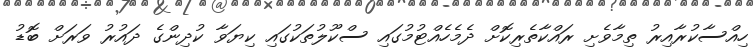
ހިއްސާކުރާއިރު ތިމާވެށި ރައްކާތެރިކޮށް ދެމެހެއްޓުމުގައި ސްކޫލުތަކުގައި ކިޔަވާ ކުދިންގެ ދައުރު ވަރަށް ބޮޑު